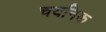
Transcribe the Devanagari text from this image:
चयनिक